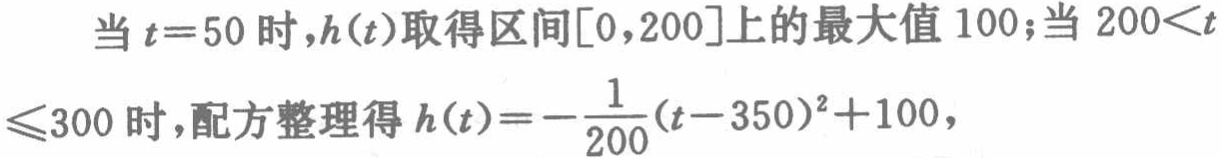
当\(t = 50\)时，\(h(t)\)取得区间\([0,200]\)上的最大值\(100\)；当\(200<t\leqslant300\)时，配方整理得\(h(t)=-\frac{1}{200}(t - 350)^2 + 100\)，